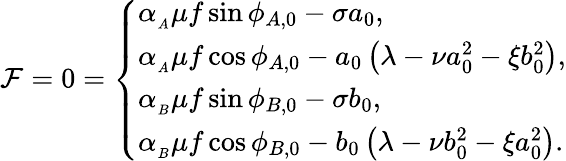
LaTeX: \mathcal{F}=0=\left\{ \begin{array}{ll}{\alpha_{_A}\mu f\sin{\phi_{A,0}}-\sigma a_{0},}\\ {\alpha_{_A}\mu f\cos{\phi_{A,0}}-a_{0}\left(\lambda-\nu a_{0}^{2}-\xi b_{0}^{2}\right),}\\ {\alpha_{_B}\mu f\sin{\phi_{B,0}}-\sigma b_{0},}\\ {\alpha_{_B}\mu f\cos{\phi_{B,0}}-b_{0}\left(\lambda-\nu b_{0}^{2}-\xi a_{0}^{2}\right).}\end{array}\right.